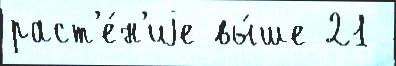
раст'е́н'иjе вы́ше 21